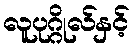
လူပုဂ္ဂိုလ်နှင့်